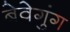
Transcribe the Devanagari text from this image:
बेवेगुंग